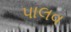
પાલવ